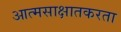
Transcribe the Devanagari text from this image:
आत्मसाक्षातकरता